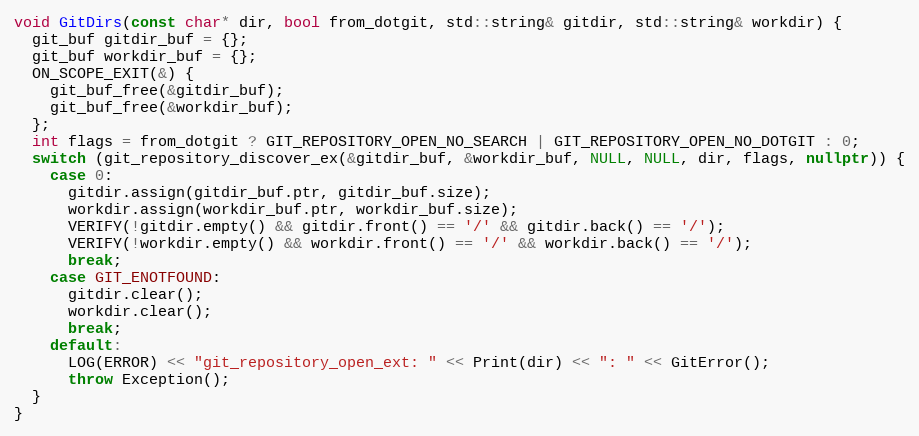
Language: C++
void GitDirs(const char* dir, bool from_dotgit, std::string& gitdir, std::string& workdir) {
  git_buf gitdir_buf = {};
  git_buf workdir_buf = {};
  ON_SCOPE_EXIT(&) {
    git_buf_free(&gitdir_buf);
    git_buf_free(&workdir_buf);
  };
  int flags = from_dotgit ? GIT_REPOSITORY_OPEN_NO_SEARCH | GIT_REPOSITORY_OPEN_NO_DOTGIT : 0;
  switch (git_repository_discover_ex(&gitdir_buf, &workdir_buf, NULL, NULL, dir, flags, nullptr)) {
    case 0:
      gitdir.assign(gitdir_buf.ptr, gitdir_buf.size);
      workdir.assign(workdir_buf.ptr, workdir_buf.size);
      VERIFY(!gitdir.empty() && gitdir.front() == '/' && gitdir.back() == '/');
      VERIFY(!workdir.empty() && workdir.front() == '/' && workdir.back() == '/');
      break;
    case GIT_ENOTFOUND:
      gitdir.clear();
      workdir.clear();
      break;
    default:
      LOG(ERROR) << "git_repository_open_ext: " << Print(dir) << ": " << GitError();
      throw Exception();
  }
}